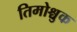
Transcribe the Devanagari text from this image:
तिमोश्चुक